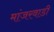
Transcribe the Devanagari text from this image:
मांजरवाडी